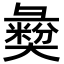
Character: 𢑱